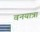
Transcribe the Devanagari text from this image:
वनयात्रा